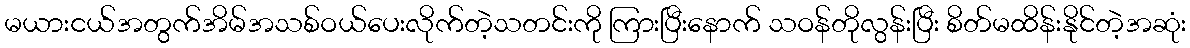
မယားငယ်အတွက်အိမ်အသစ်ဝယ်ပေးလိုက်တဲ့သတင်းကို ကြားပြီးနောက် သဝန်တိုလွန်းပြီး စိတ်မထိန်းနိုင်တဲ့အဆုံး